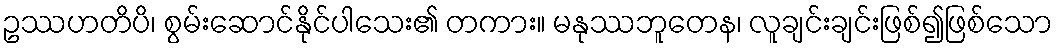
ဥဿဟတိပိ၊ စွမ်းဆောင်နိုင်ပါသေး၏ တကား။ မနုဿဘူတေန၊ လူချင်းချင်းဖြစ်၍ဖြစ်သော